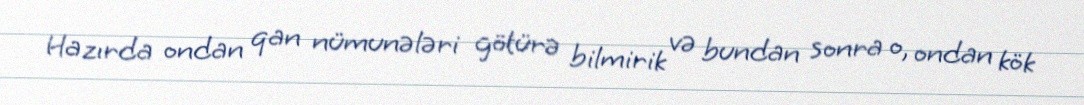
Hazırda ondan qan nümunələri götürə bilmirik və bundan sonra o, ondan kök